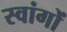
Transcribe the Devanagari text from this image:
स्वांगों